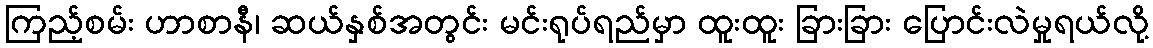
ကြည့်စမ်း ဟာစာနီ၊ ဆယ်နှစ်အတွင်း မင်းရုပ်ရည်မှာ ထူးထူး ခြားခြား ပြောင်းလဲမှုရယ်လို့